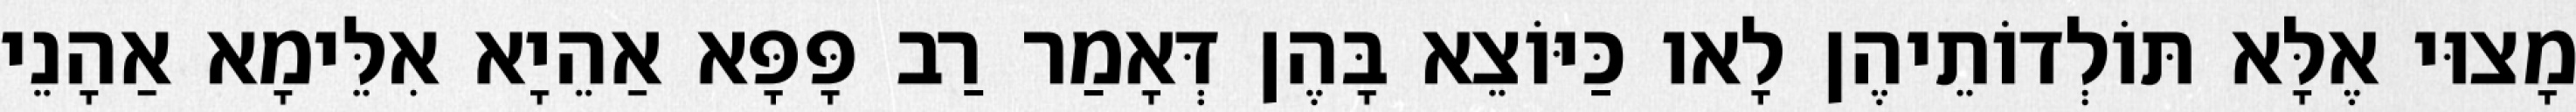
מָצוּי אֶלָּא תּוֹלְדוֹתֵיהֶן לָאו כַּיּוֹצֵא בָּהֶן דְּאָמַר רַב פָּפָּא אַהֵיָא אִלֵּימָא אַהָנֵי